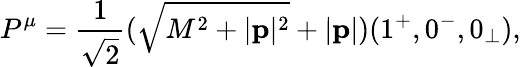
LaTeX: P^{\mu}=\frac{1}{\sqrt{2}}(\sqrt{M^{2}+|{\mathbf p}|^{2}}+|{\mathbf p}|)(1^{+},0^{-},0_{\perp}),